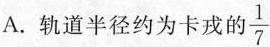
A.轨道半径约为卡戎的\frac{1}{7}